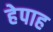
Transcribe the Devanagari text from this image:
हेपाह